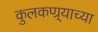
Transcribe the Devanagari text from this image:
कुलकण्र्याच्या